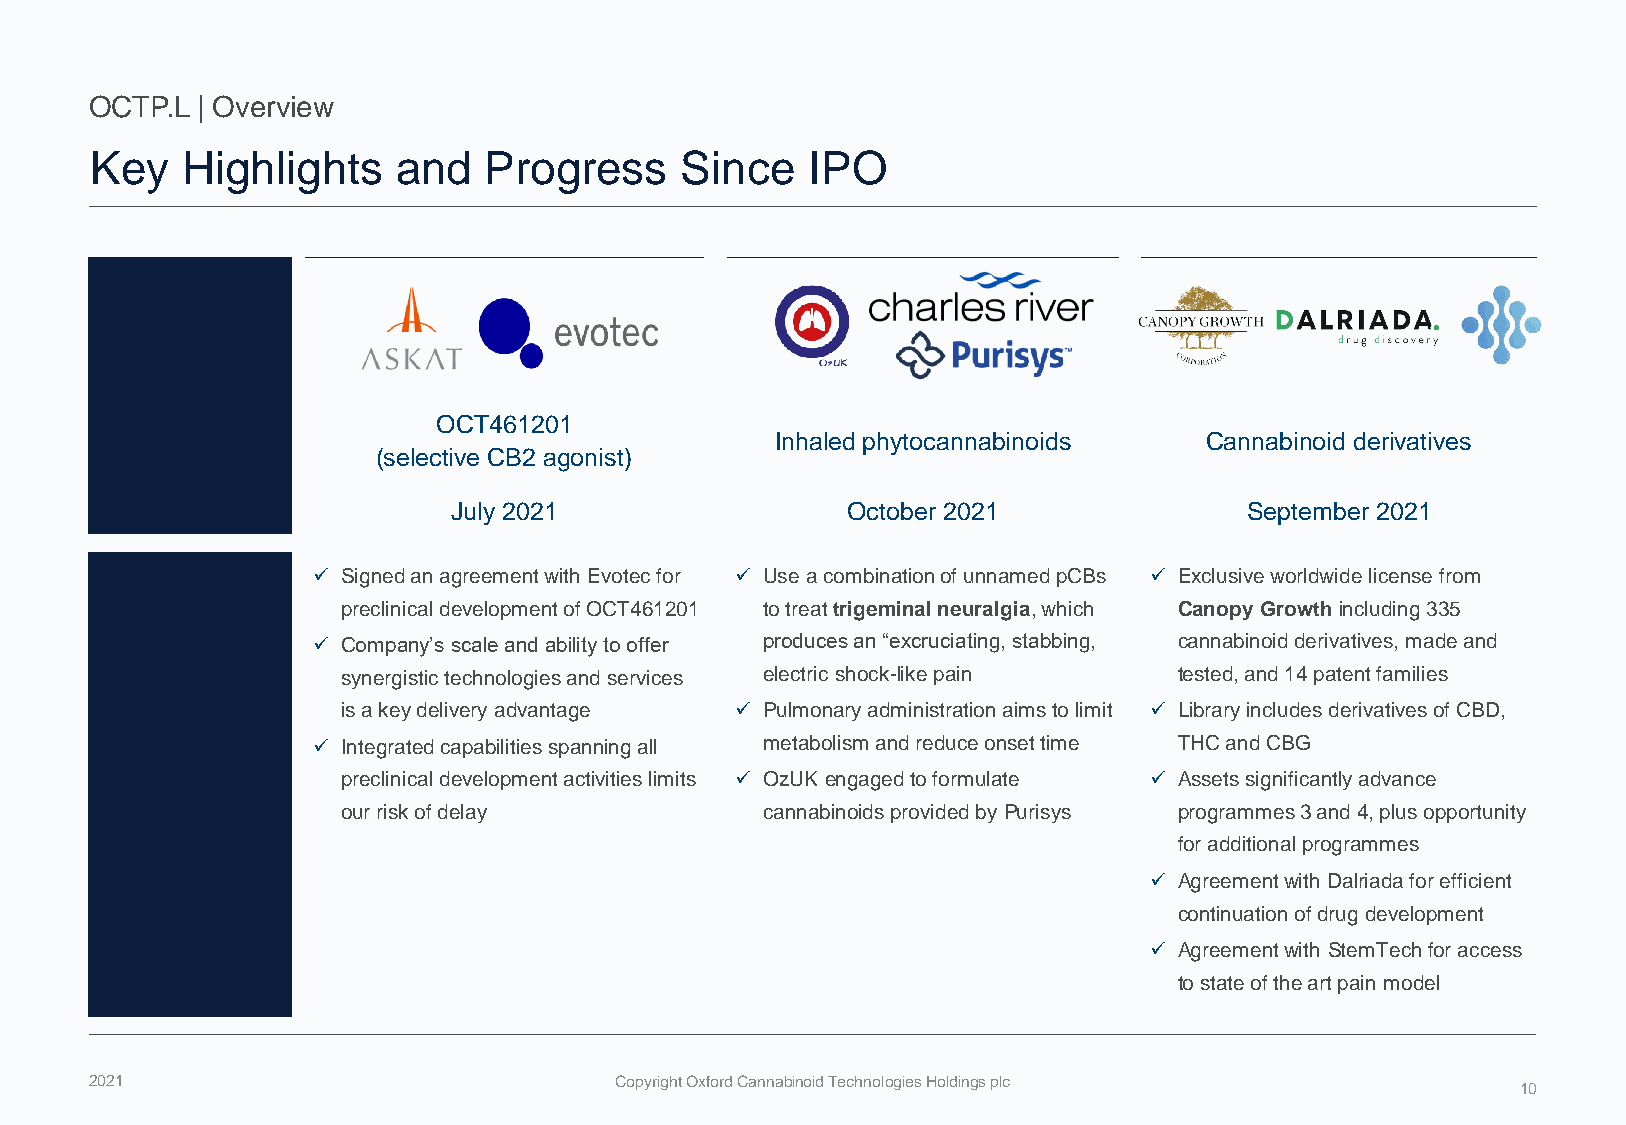
OCTP.L | Overview
 Key   Highlights    and   Progress     Since    IPO
 OCT461201
 Inhaled phytocannabinoids    Cannabinoid derivatives
 (selective CB2 agonist)
 July 2021                 October 2021              September 2021
 ✓ Signed an agreement with Evotec for ✓ Use a combination of unnamed pCBs ✓ Exclusive worldwide license from
 preclinical development of OCT461201 to treat trigeminal neuralgia, which Canopy Growth including 335
 ✓ Company’s scale and ability to offer produces an “excruciating, stabbing, cannabinoid derivatives, made and
 synergistic technologies and services electric shock-like pain tested, and 14 patent families
 is a key delivery advantage ✓ Pulmonary administration aims to limit ✓ Library includes derivatives of CBD,
 ✓ Integrated capabilities spanning all metabolism and reduce onset time THC and CBG
 preclinical development activities limits ✓ OzUKengaged to formulate ✓ Assets significantly advance
 our risk of delay          cannabinoids provided by Purisys programmes3 and 4, plus opportunity
 for additional programmes
 ✓ Agreement with Dalriada for efficient
 continuation of drug development
 ✓ Agreement with StemTechfor access
 to state of the art pain model
 2021                               Copyright Oxford Cannabinoid Technologies Holdings plc
 10